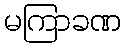
မကြာခဏ